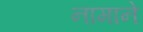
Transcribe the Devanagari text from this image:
नामाने